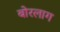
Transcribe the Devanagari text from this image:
बोरलाग